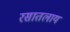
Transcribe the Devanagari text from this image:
रसातलाय